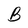
Character: B